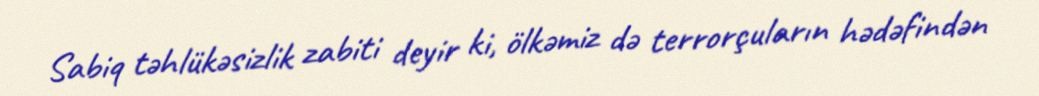
Sabiq təhlükəsizlik zabiti deyir ki, ölkəmiz də terrorçuların hədəfindən